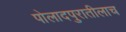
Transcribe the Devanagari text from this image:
पोलादपुरातीलाच